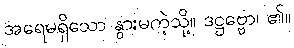
အရေမရှိသော နွားမကဲ့သို့။ ဒဋ္ဌဗ္ဗော၊ ၏။